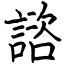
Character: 諮